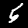
Label: 5